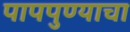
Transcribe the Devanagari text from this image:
पापपुण्याचा